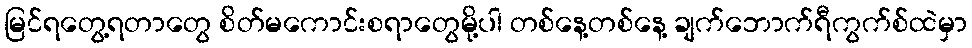
မြင်ရတွေ့ရတာတွေ စိတ်မကောင်းစရာတွေမို့ပါ တစ်နေ့တစ်နေ့ ချက်ဘောက်ရီကွက်စ်ထဲမှာ